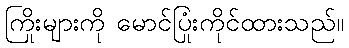
ကြိုးများကို မောင်ပြုံးကိုင်ထားသည်။